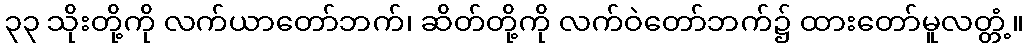
၃၃ သိုးတို့ကို လက်ယာတော်ဘက်၊ ဆိတ်တို့ကို လက်ဝဲတော်ဘက်၌ ထားတော်မူလတ္တံ့။